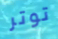
توتر